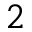
^ 2